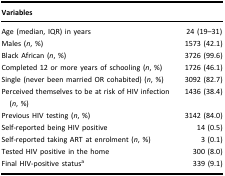
<table><thead><tr><td><b>Variables</b></td><td><b> </b></td></tr></thead><tbody><tr><td>Age (median, IQR) in years</td><td>24 (19–31)</td></tr><tr><td>Males (<i>n</i>, %)</td><td>1573 (42.1)</td></tr><tr><td>Black African (<i>n</i>, %)</td><td>3726 (99.6)</td></tr><tr><td>Completed 12 or more years of schooling (<i>n</i>, %)</td><td>1726 (46.1)</td></tr><tr><td>Single (never been married OR cohabited) (<i>n</i>, %)</td><td>3092 (82.7)</td></tr><tr><td>Perceived themselves to be at risk of HIV infection (<i>n</i>, %)</td><td>1436 (38.4)</td></tr><tr><td>Previous HIV testing (<i>n</i>, %)</td><td>3142 (84.0)</td></tr><tr><td>Self-reported being HIV positive</td><td>14 (0.5)</td></tr><tr><td>Self-reported taking ART at enrolment (<i>n</i>, %)</td><td>3 (0.1)</td></tr><tr><td>Tested HIV positive in the home</td><td>300 (8.0)</td></tr><tr><td>Final HIV-positive status<sup>a</sup></td><td>339 (9.1)</td></tr></tbody></table>